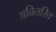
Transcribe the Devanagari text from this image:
अवितरित